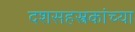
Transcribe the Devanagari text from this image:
दशसहस्त्रकांच्या